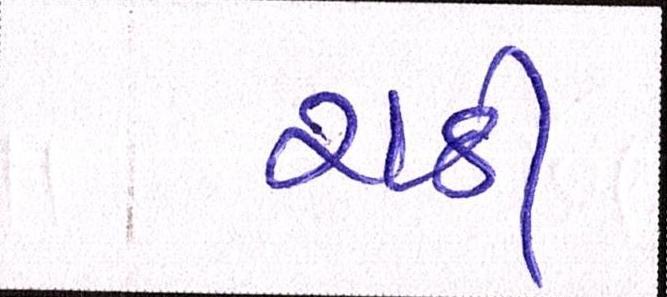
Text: રાઠી